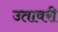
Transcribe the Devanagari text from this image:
उतावरी